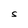
Character: S